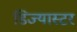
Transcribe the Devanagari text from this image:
डिज्यास्टर